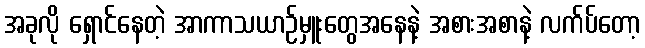
အခုလို ရှောင်နေတဲ့ အာကာသယာဉ်မှူးတွေအနေနဲ့ အစားအစာနဲ့ လက်ပ်တော့